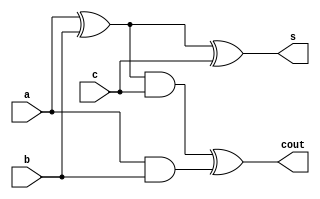
// Full Adder - Structural Model
//------------------------------
// Type : module
// Contact : mathewtg.mec@gmail.com
//------------------
//------------------
// Notes :-
//

module fa_struc (s,cout,a,b,c);
input a,b,c;
output s,cout;

wire s1,c1,c2;

// Implementation of FA with min no. of gates
xor G1 (s1,a,b), G2 (s,s1,c), G3 (cout,c2,c1);
and G4 (c1,a,b), G5 (c2,s1,c);

endmodule